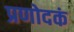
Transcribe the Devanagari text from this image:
प्रणोदकं